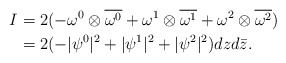
\begin{align*}\begin{aligned}I&=2(-\omega^0\otimes\overline{\omega^0}+\omega^1\otimes\overline{\omega^1}+\omega^2\otimes\overline{\omega^2})\\ &=2(-|\psi^0|^2+|\psi^1|^2+|\psi^2|^2)dzd{\bar z}.\end{aligned}\end{align*}